Report on sanitation, dispensaries, and jails in Rajputana for 1918, and on vaccination for the year 1918-1919 - 1918-1919
Year: 1918
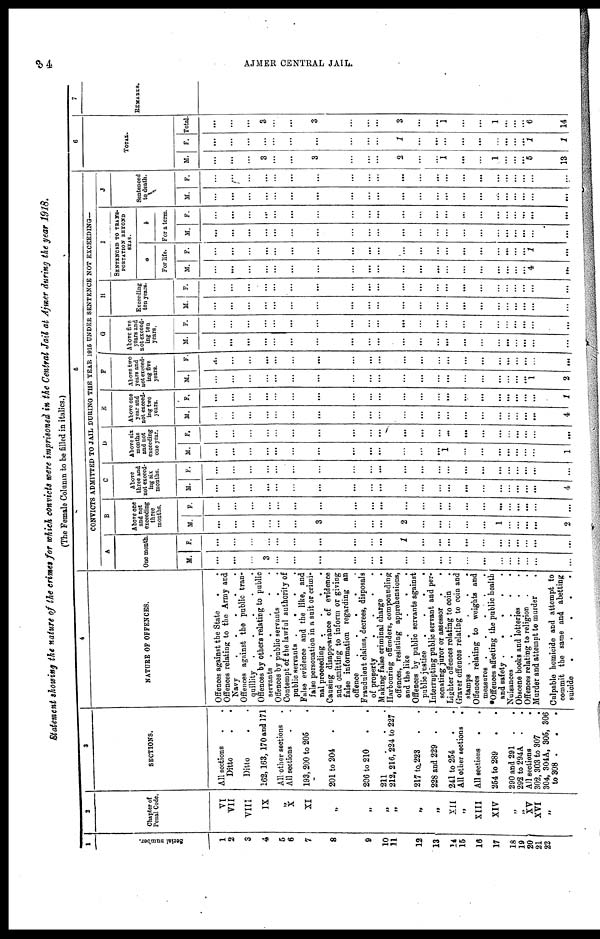
34
AJMER CENTRAL JAIL.
Statement showing the nature of the crimes for which convicts were imprisoned in the Central Jail at Ajmer during the year 1918.
(The Female Column to be filled in italics.)
1
Serial number.
1
2
3
4
5
6
7
8
9
10
11
12
13
14
15
16
17
18
19
20
21
22
2
Chapter of
Penal Code.
VI
VII
VIII
IX
„
X
XI
„
„
„
„
„
„
XII
„
XIII
XIV
„
„
XV
XVI
„
3
SECTIONS.
All sections . .
Ditto . .
Ditto . .
162,163, 170 and 171
All other sections .
All sections . .
193, 200 to 205 .
201 to 204 . .
206 to 210 . .
211
.
.
.
212, 216, 224 to 227
217 to 223 . .
228 and 229 . .
241 to 254 . .
All other sections
.
All sections
.
.
254 to 289 . .
290 and 291 . .
292 to 294A . .
All sections
.
302, 303 to 307 .
304, 304A, 305, 306
to 308 . . .
4
NATURE OF OFFENCES.
Offences against the State
. .
Offences relating to the Army and
Navy
.
.
.
.
.
Offences against the public tran-
quillity
.
.
.
.
.
Offences by others relating to public
servants .
.
.
.
.
Offences by public servants . .
Contempt of the lawful authority of
public servants .
.
.
.
False evidence and the like, and
false personation in a suit or crimi-
nal proceeding .
.
.
.
Causing disappearance of evidence
and omitting to inform or giving
false information regarding an
offence
.
.
. . .
Fraudulent claims, decrees, disposals
of property
.
.
.
.
Making false criminal charge .
Harbouring offenders, compounding
offences, resisting apprehensions,
and the like
.
.
.
.
Offences by public servants against
public justice
.
.
.
.
Interrupting public servant and per-
sonating juror or assessor .
.
Lighter offences relating to coin .
Graver offences relating to coin and
stamps .
. . . . .
Offences relating to weights and
measures .
.
.
. .
*Offences affecting the public health
and safety
. . . . .
Nuisances
. . . . .
Obscene books and lotteries . .
Offences relating to religion . .
Murder and attempt to murder
Culpable homicide and attempt to
commit the same and abetting
suicide
.
.
.
.
.
5
CONVICTS ADMITTED TO JAIL DURING THE YEAR 1915 UNDER SENTENCE NOT EXCEEDING—
A
One month
M.
...
...
...
3
...
...
...
...
...
...
...
...
...
...
...
...
...
...
...
... ...
...
F.
...
...
...
...
...
...
...
...
...
...
1
...
...
...
...
...
...
... ...
...
...
...
B
Above one
and not
exceeding
three
months.
M.
...
...
...
...
...
...
3
...
...
...
2
...
...
...
...
...
1
...
...
...
...
2
F.
...
...
...
...
...
...
...
...
...
...
...
...
...
...
...
...
...
... ...
...
...
...
C
Above
three and
not exceed-
ing six
months.
M.
...
...
...
...
...
...
...
...
...
...
...
...
...
...
...
...
...
...
...
...
...
4
F.
...
...
...
...
...
...
...
...
...
...
...
...
...
...
...
...
...
...
... ...
...
...
D
Above six
months
and not
exceeding
one year.
M.
...
...
...
...
...
...
...
...
...
...
...
...
...
1
...
...
...
...
...
...
...
1
F.
...
...
...
...
...
...
...
...
...
...
...
...
...
...
...
...
...
... ...
...
...
...
E
Above one
year and
not exceed-
ing two
years.
M.
...
...
...
...
...
...
...
...
...
...
...
...
...
...
...
...
...
...
...
...
...
4
F.
...
...
...
...
...
...
...
...
...
...
...
...
...
...
...
...
...
...
...
...
...
1
F
Above two
years and
not exceed-
ing five
years.
M.
...
...
...
...
...
...
...
...
...
...
...
...
...
...
...
...
...
...
... ...
1
2
F.
...
...
...
...
...
...
...
...
...
...
...
...
...
...
...
...
...
...
... ...
...
...
G
Above five
years and
not exceed-
ing ten
years.
M.
...
...
...
...
...
...
...
...
...
...
...
...
...
...
...
...
...
...
... ...
...
...
F.
...
...
...
...
...
...
...
...
...
...
...
...
...
...
...
...
...
...
... ...
...
...
H
Exceeding
ten years.
M.
...
...
...
...
...
...
...
...
...
...
...
...
...
...
...
...
...
...
... ...
...
. . .
F.
...
...
...
...
...
...
...
...
...
...
...
...
...
...
...
...
...
...
... ...
...
...
I
SENTENCED TO TRANS¬
PORTATION BEYOND
SEAS.
a
For life.
M.
...
...
...
...
...
...
...
...
...
...
...
...
...
...
...
...
...
...
... ...
4
...
F.
...
...
...
...
...
...
...
...
...
...
...
...
...
...
...
...
...
...
... ...
1
...
b
For a term.
M.
...
...
...
...
...
...
...
...
...
...
...
...
...
...
...
...
...
... ...
...
...
F.
...
...
...
...
...
...
...
...
...
...
...
...
...
...
...
...
...
... ...
...
...
...
J
Sentenced
to death.
M.
...
...
...
...
...
...
...
...
...
...
...
...
...
...
...
...
...
...
... ...
...
...
F.
...
...
...
...
...
...
...
...
...
...
...
...
...
...
...
...
...
...
... ...
...
...
6
TOTAL.
M.
...
...
...
3
...
...
3
...
...
...
2
...
...
1
...
...
1
...
...
...
5
13
F.
...
...
...
...
...
...
...
...
...
...
1
...
...
...
...
...
...
...
...
1
1
Total
...
...
...
3
...
...
3
...
...
...
3
...
...
1
...
...
1
... ...
...
6
14
7
REMARKS.